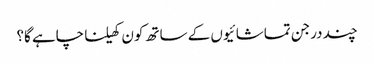
چند درجن تماشائیوں کے ساتھ کون کھیلنا چاہے گا؟